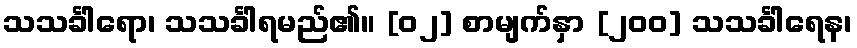
သသင်္ခါရော၊ သသင်္ခါရမည်၏။ [၀၂] စာမျက်နှာ [၂၀၀] သသင်္ခါရေန၊